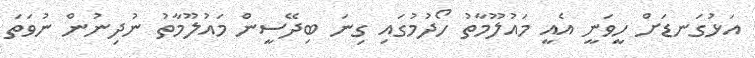
އަޅުގަނޑަށް ހީވަނީ އެއީ މައުލޫމާތު ހޯދުމުގައި ގިނަ ބިދޭސީން މައުލޫމާތު ނުދިނުން ނުވަތަ